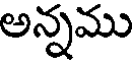
అన్నము